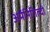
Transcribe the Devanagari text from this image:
अर्मेनिगिल्दो